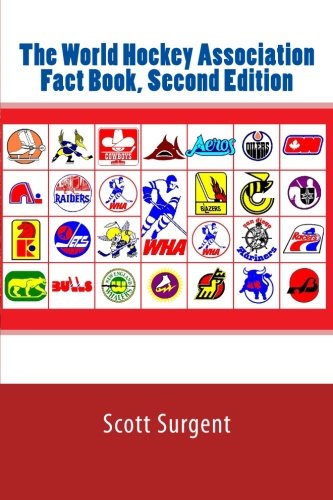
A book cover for The World Hockey Association Fact Book, Second Edition; Scott Surgent; Sports & Outdoors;